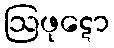
ဩဖုဋော